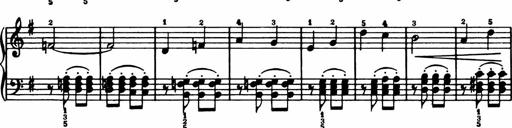
Title: Analytical Sonatinas
Composer: Frank Lynes